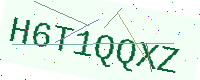
Text: H6T1QQXZ